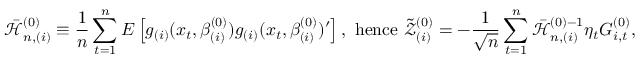
\mathcal { \bar { H } } _ { n , ( i ) } ^ { ( 0 ) } \equiv \frac { 1 } { n } \sum _ { t = 1 } ^ { n } E \left[ g _ { ( i ) } ( x _ { t } , \beta _ { ( i ) } ^ { ( 0 ) } ) g _ { ( i ) } ( x _ { t } , \beta _ { ( i ) } ^ { ( 0 ) } ) ^ { \prime } \right] \mathrm { , ~ h e n c e ~ } \mathcal { \tilde { Z } } _ { ( i ) } ^ { ( 0 ) } = - \frac { 1 } { \sqrt { n } } \sum _ { t = 1 } ^ { n } \mathcal { \bar { H } } _ { n , ( i ) } ^ { ( 0 ) - 1 } \eta _ { t } G _ { i , t } ^ { ( 0 ) } ,